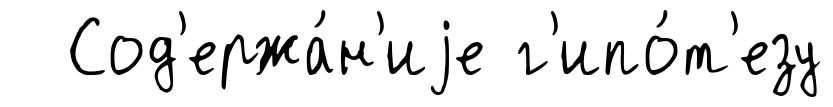
Сод'ержа́н'иjе г'ипо́т'езу